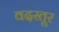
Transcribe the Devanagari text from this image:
वदस्तूर